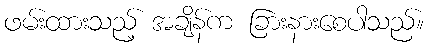
ဖမ်းထားသည့် အချိန်က ခြားနားစေပါသည်။